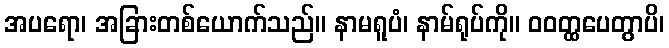
အပရော၊ အခြားတစ်ယောက်သည်။ နာမရူပံ၊ နာမ်ရုပ်ကို။ ဝဝတ္ထပေတွာပိ၊